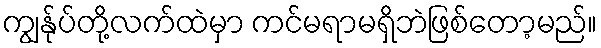
ကျွန်ုပ်တို့လက်ထဲမှာ ကင်မရာမရှိဘဲဖြစ်တော့မည်။